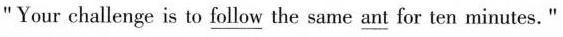
"Your challenge is to \underline{follow} the same \underline{ant} for ten minutes."